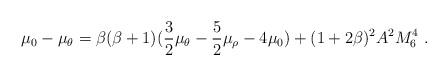
LaTeX: \begin{align*}\mu_0 - \mu_\theta=\beta(\beta+1)(\frac{3}{2}\mu_\theta -\frac{5}{2}\mu_\rho -4\mu_0) +(1+2\beta)^2 A^2 M_6^4~.\end{align*}